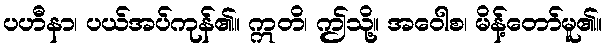
ပဟီနာ၊ ပယ်အပ်ကုန်၏။ ဣတိ၊ ဤသို့။ အဝေါစ၊ မိန့်တော်မူ၏။